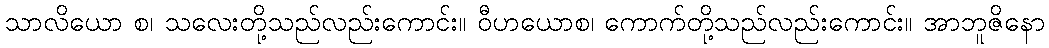
သာလိယော စ၊ သလေးတို့သည်လည်းကောင်း။ ဝီဟယောစ၊ ကောက်တို့သည်လည်းကောင်း။ အာဘူဇိနော